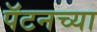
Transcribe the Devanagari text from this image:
पॅटनच्या